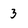
Character: 3